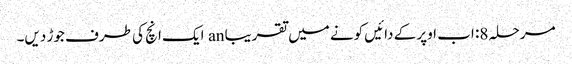
مرحلہ 8: اب اوپر کے دائیں کونے میں تقریبا an ایک انچ کی طرف جوڑ دیں۔